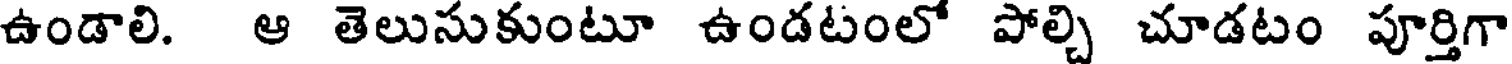
ఉండాలి. ఆ తెలుసుకుంటూ ఉండటంలో పోల్చి చూడటం పూర్తిగా